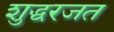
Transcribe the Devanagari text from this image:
शुद्धरजत